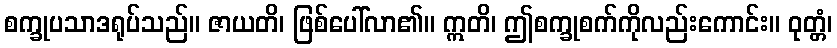
စက္ခုပသာဒရုပ်သည်။ ဇာယတိ၊ ဖြစ်ပေါ်လာ၏။ ဣတိ၊ ဤစက္ခုစက်ကိုလည်းကောင်း။ ဝုတ္တံ၊